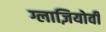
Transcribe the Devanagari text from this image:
ग्लाज़ियोवी